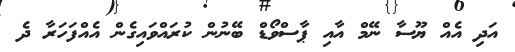
އަދި އެއް ޔޫސާ ނޭމް އާއި ޕާސްވޯޑް ބޭނުން ކުރައްވައިގެން އެއްފަހަރާ ދެ